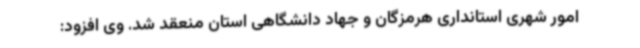
امور شهری استانداری هرمزگان و جهاد دانشگاهی استان منعقد شد. وی افزود: